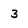
Character: 3